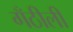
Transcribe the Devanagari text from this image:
गँठीली